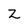
Character: Z